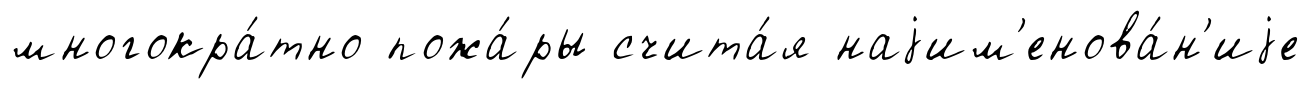
многокра́тно пожа́ры счита́я наjим'енова́н'иjе